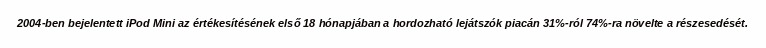
2004-ben bejelentett iPod Mini az értékesítésének első 18 hónapjában a hordozható lejátszók piacán 31%-ról 74%-ra növelte a részesedését.